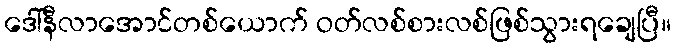
ဒေါ်နီလာအောင်တစ်ယောက် ဝတ်လစ်စားလစ်ဖြစ်သွားရချေပြီ။